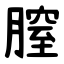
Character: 膣